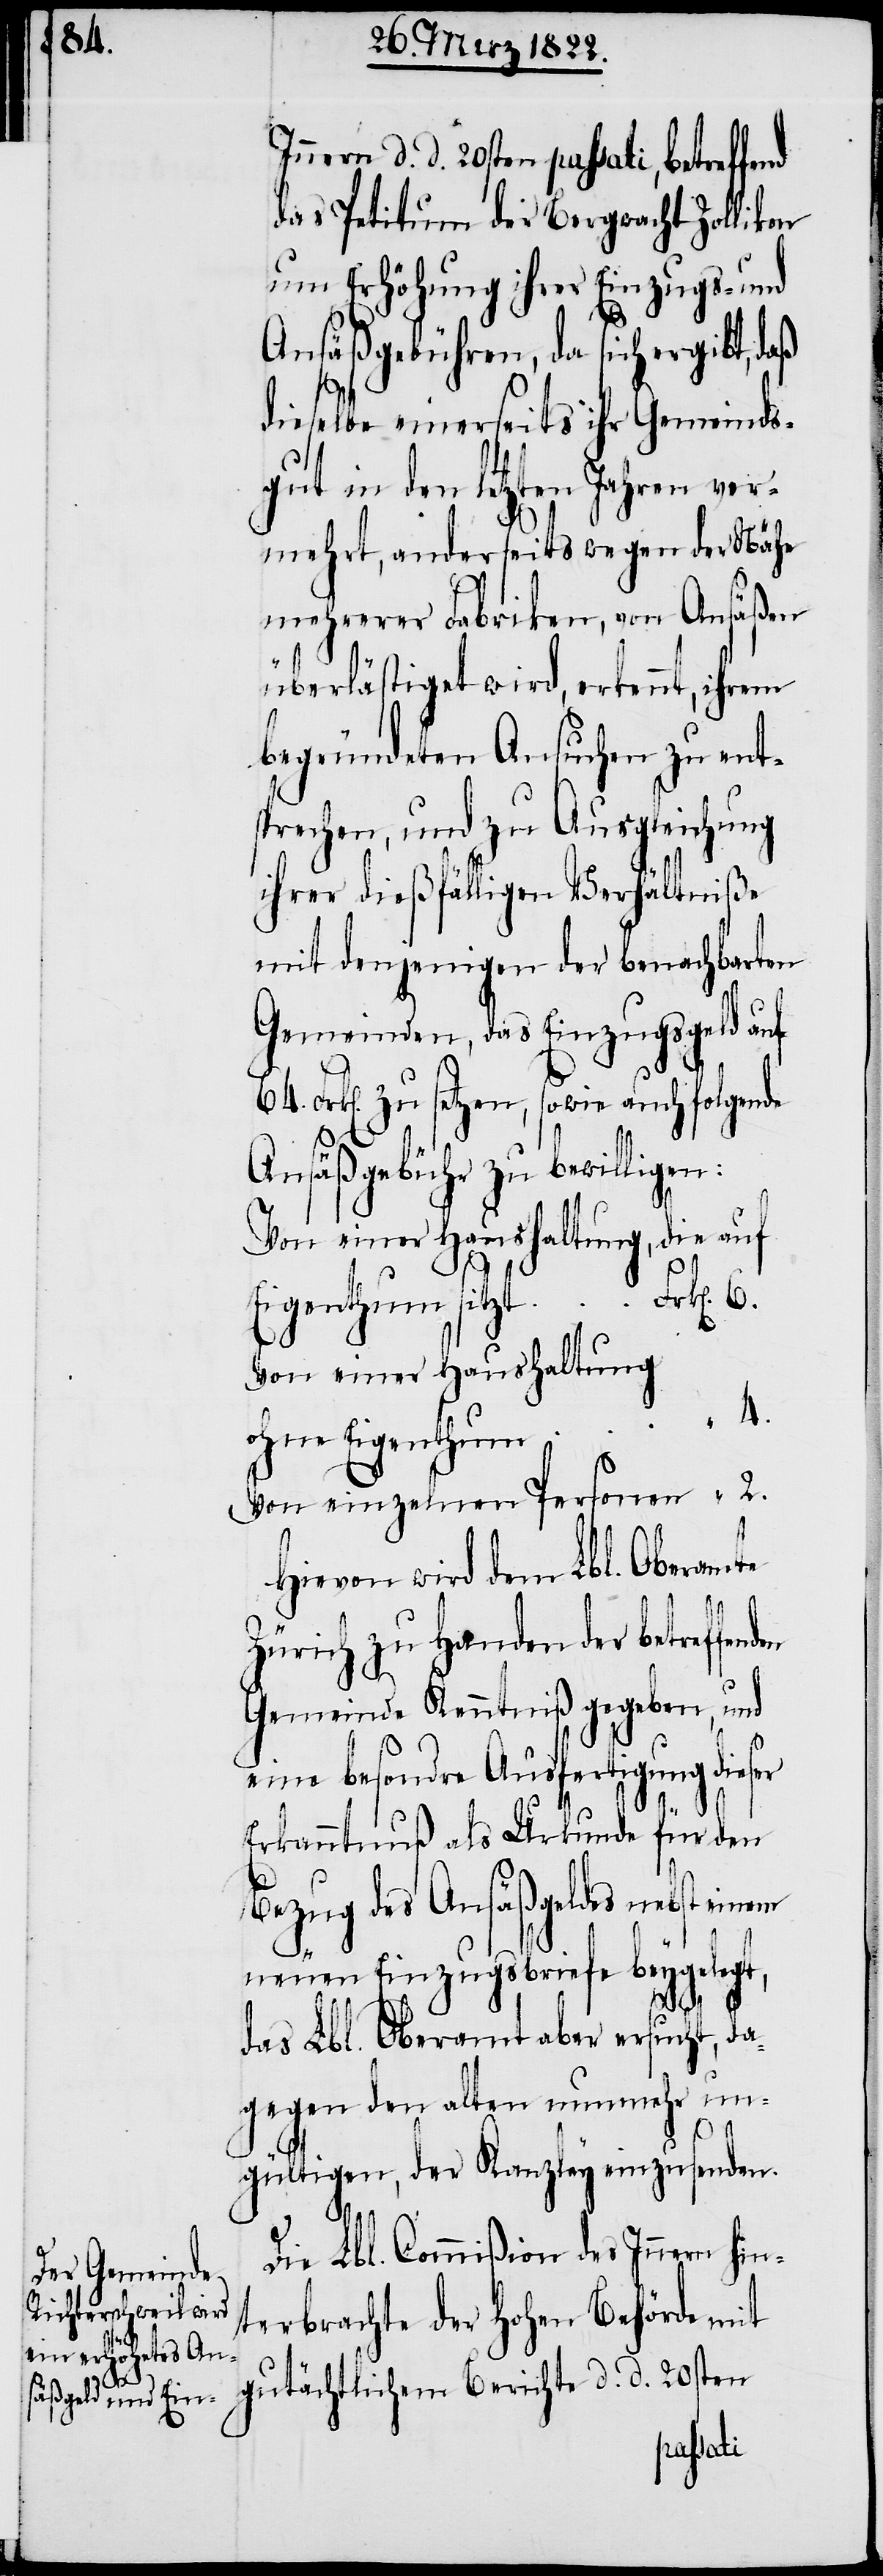
den

Innern d. d. 20sten passati, betreffend
das Petitum der Bergwacht Zollikon
um Erhöhung ihrer Einzugs- und
Ansäßgebühren, da sich ergibt, daß
dieselbe einerseits ihr Gemeinds¬
gut in den letzten Jahren ver¬
mehrt, anderseits wegen der Nähe
mehrerer Fabriken, von Ansäßen
überlästiget wird, erkennt,
begründeten Ansuchen zu ent¬
sprechen, und zu Ausgleichung
ihrer dießfälligen Verhältniße
mit denjenigen der benachbarten
Gemeinden, das Einzugsgeld auf
Frk[en]. zu setzen, sowie auch folgende
Ansäßgebühr zu bewilligen:
Von einer Haushaltung, die auf
Eigenthum sitzt 		Frk[en].
Von einer Haushaltung
ohne Eigenthum
Von einzelnen Personen
Hievon wird dem Lbl. Oberamte
“
Zürich zu Handen der betreffen¬
Gemeinde Kenntniß gegeben, und
eine besondre Ausfertigung dieser
Erkanntnuß als Urkunde für den
Bezug des Ansäßgeldes nebst einem
neuen Einzugsbriefe beygelegt,
das Lbl. Oberamt aber ersucht, da¬
gegen den alten nunmehr un¬
2.
gültigen, der Kanzley einzusenden.
Die Lbl. Commißion des Innern hin¬
terbrachte der hohen Behörde mit
gutächtlichem Berichte d. d. 20sten